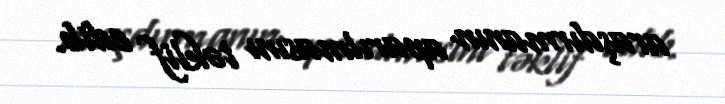
araşdırmanın aparılmasını təklif edib.